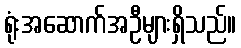
ရုံးအဆောက်အဦများရှိသည်။